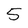
Character: 5